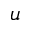
u